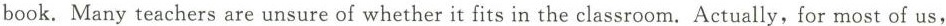
book. Many teachers are unsure of whether it fits in the classroom. Actually, for most of us,